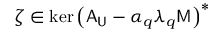
\zeta \in \mathrm { k e r } \left( \mathsf { A } _ { \mathsf { U } } - \alpha _ { q } \lambda _ { q } \mathsf { M } \right) ^ { * }